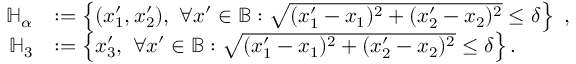
\begin{array} { r l } { \mathbb { H } _ { \alpha } } & { : = \left\{ ( x _ { 1 } ^ { \prime } , x _ { 2 } ^ { \prime } ) , \ \forall \boldsymbol { x } ^ { \prime } \in \mathbb { B } : \sqrt { ( x _ { 1 } ^ { \prime } - x _ { 1 } ) ^ { 2 } + ( x _ { 2 } ^ { \prime } - x _ { 2 } ) ^ { 2 } } \leq \delta \right\} \ , } \\ { \mathbb { H } _ { 3 } } & { : = \left\{ x _ { 3 } ^ { \prime } , \ \forall \boldsymbol { x } ^ { \prime } \in \mathbb { B } : \sqrt { ( x _ { 1 } ^ { \prime } - x _ { 1 } ) ^ { 2 } + ( x _ { 2 } ^ { \prime } - x _ { 2 } ) ^ { 2 } } \leq \delta \right\} . } \end{array}